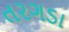
તરગડા